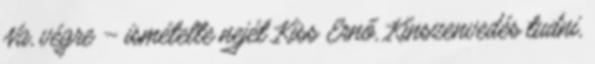
Na, végre – ismételte nejét Kiss Ernő, Kínszenvedés tudni,